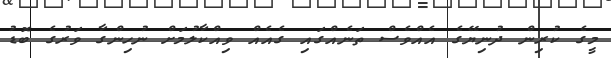
މީގެ ކުރިން ދުނިޔޭގެ އެއްވެސް ތަނެއްގައި ގެއެއް ވިއްކާލުމަށް ނުހިންގާ ވަރުގެ ބޮޑު